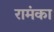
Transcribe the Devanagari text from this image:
रामंका